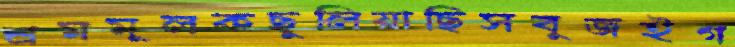
শ্রমমূলকছুলিয়াছিসবুজইগ